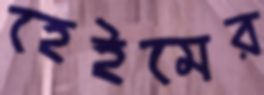
হেইমের